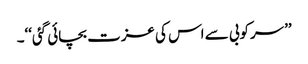
’’سرکوبی سے اس کی عزت بچائی گئی‘‘۔